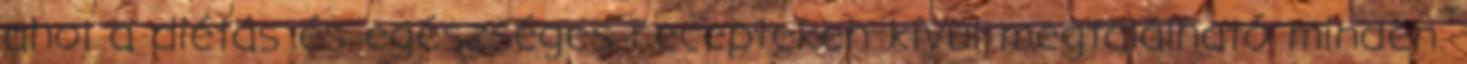
ahol a diétás és egészséges recepteken kívül megtalálható minden.